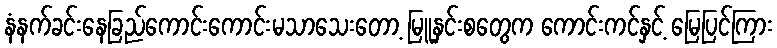
နံနက်ခင်းနေခြည်ကောင်းကောင်းမသာသေးတော့ မြူနှင်းစတွေက ကောင်းကင်နှင့် မြေပြင်ကြား